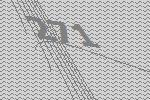
271